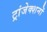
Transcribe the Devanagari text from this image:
ट्रांजेक्शनों